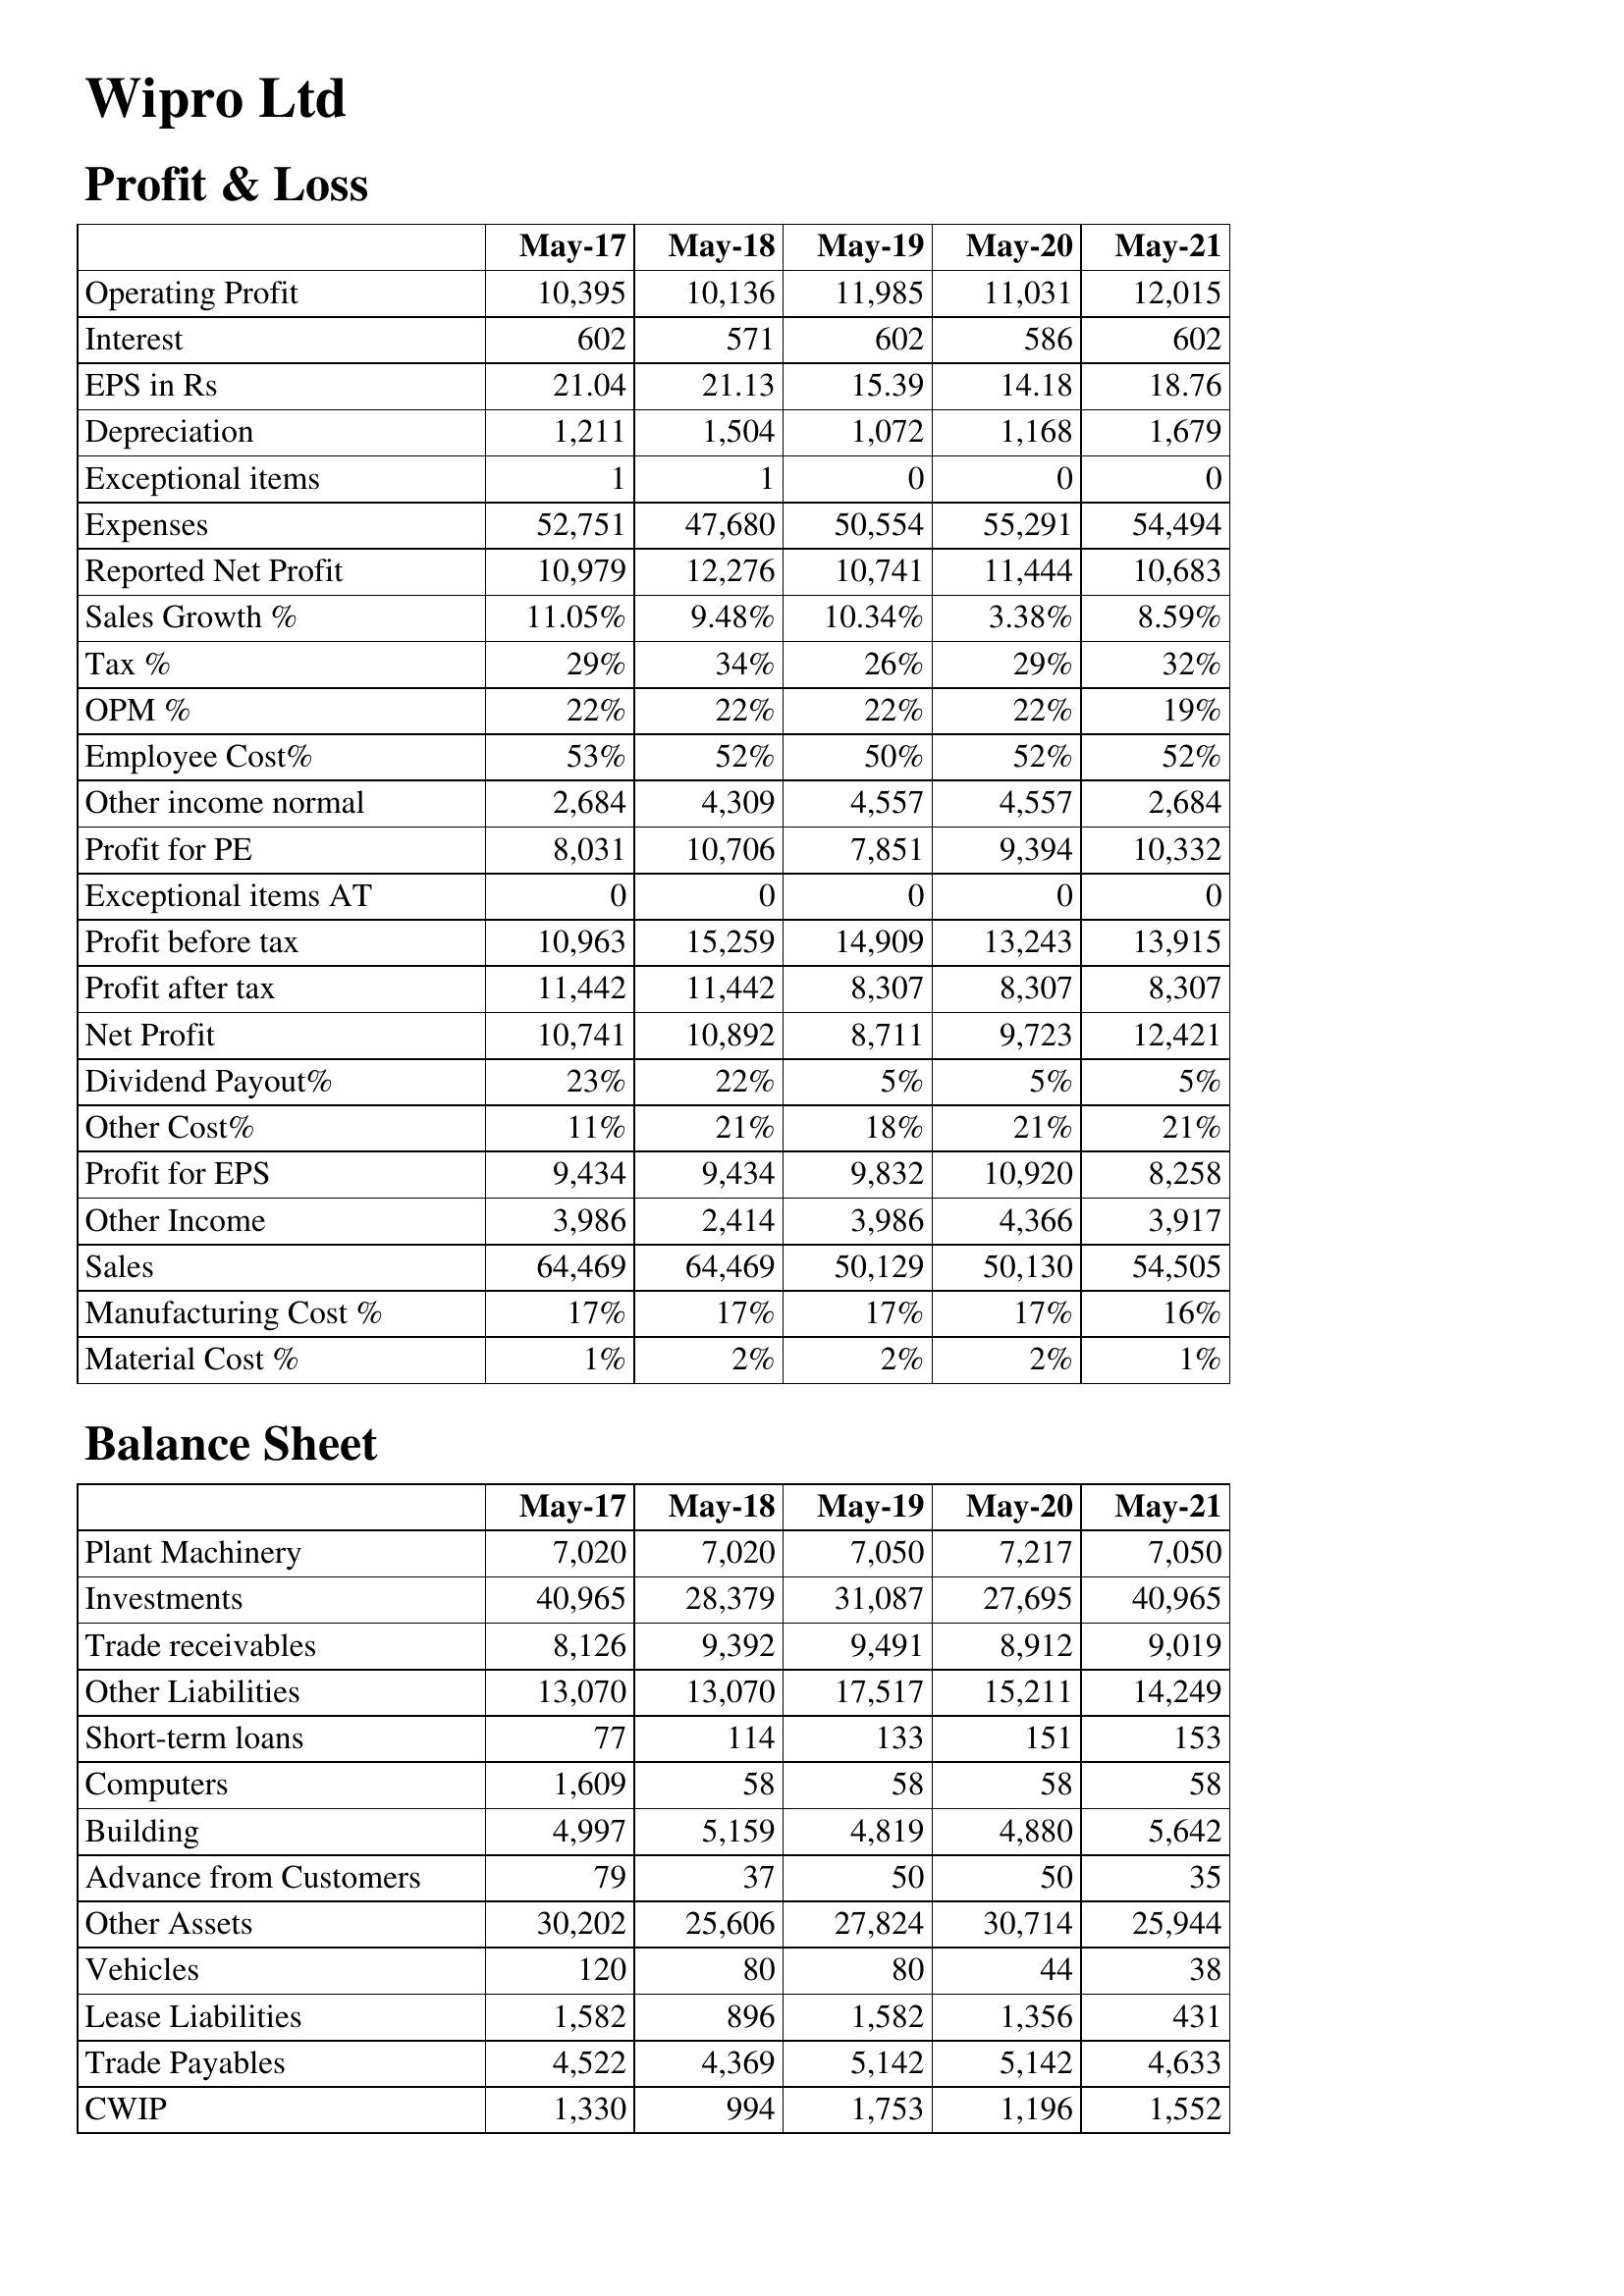
May-17: Profit & Loss: Operating Profit: 10,395
Interest: 602
EPS in Rs: 21.04
Depreciation: 1,211
Exceptional items: 1
Expenses: 52,751
Reported Net Profit: 10,979
Sales Growth %: 11.05%
Tax %: 29%
OPM %: 22%
Employee Cost%: 53%
Other income normal: 2,684
Profit for PE: 8,031
Exceptional items AT: 0
Profit before tax: 10,963
Profit after tax: 11,442
Net Profit: 10,741
Dividend Payout%: 23%
Other Cost%: 11%
Profit for EPS: 9,434
Other Income: 3,986
Sales: 64,469
Manufacturing Cost %: 17%
Material Cost %: 1%
Balance Sheet: Plant Machinery: 7,020
Investments: 40,965
Trade receivables: 8,126
Other Liabilities: 13,070
Short-term loans: 77
Computers: 1,609
Building: 4,997
Advance from Customers: 79
Other Assets: 30,202
Vehicles: 120
Lease Liabilities: 1,582
Trade Payables: 4,522
CWIP: 1,330
May-18: Profit & Loss: Operating Profit: 10,136
Interest: 571
EPS in Rs: 21.13
Depreciation: 1,504
Exceptional items: 1
Expenses: 47,680
Reported Net Profit: 12,276
Sales Growth %: 9.48%
Tax %: 34%
OPM %: 22%
Employee Cost%: 52%
Other income normal: 4,309
Profit for PE: 10,706
Exceptional items AT: 0
Profit before tax: 15,259
Profit after tax: 11,442
Net Profit: 10,892
Dividend Payout%: 22%
Other Cost%: 21%
Profit for EPS: 9,434
Other Income: 2,414
Sales: 64,469
Manufacturing Cost %: 17%
Material Cost %: 2%
Balance Sheet: Plant Machinery: 7,020
Investments: 28,379
Trade receivables: 9,392
Other Liabilities: 13,070
Short-term loans: 114
Computers: 58
Building: 5,159
Advance from Customers: 37
Other Assets: 25,606
Vehicles: 80
Lease Liabilities: 896
Trade Payables: 4,369
CWIP: 994
May-19: Profit & Loss: Operating Profit: 11,985
Interest: 602
EPS in Rs: 15.39
Depreciation: 1,072
Exceptional items: 0
Expenses: 50,554
Reported Net Profit: 10,741
Sales Growth %: 10.34%
Tax %: 26%
OPM %: 22%
Employee Cost%: 50%
Other income normal: 4,557
Profit for PE: 7,851
Exceptional items AT: 0
Profit before tax: 14,909
Profit after tax: 8,307
Net Profit: 8,711
Dividend Payout%: 5%
Other Cost%: 18%
Profit for EPS: 9,832
Other Income: 3,986
Sales: 50,129
Manufacturing Cost %: 17%
Material Cost %: 2%
Balance Sheet: Plant Machinery: 7,050
Investments: 31,087
Trade receivables: 9,491
Other Liabilities: 17,517
Short-term loans: 133
Computers: 58
Building: 4,819
Advance from Customers: 50
Other Assets: 27,824
Vehicles: 80
Lease Liabilities: 1,582
Trade Payables: 5,142
CWIP: 1,753
May-20: Profit & Loss: Operating Profit: 11,031
Interest: 586
EPS in Rs: 14.18
Depreciation: 1,168
Exceptional items: 0
Expenses: 55,291
Reported Net Profit: 11,444
Sales Growth %: 3.38%
Tax %: 29%
OPM %: 22%
Employee Cost%: 52%
Other income normal: 4,557
Profit for PE: 9,394
Exceptional items AT: 0
Profit before tax: 13,243
Profit after tax: 8,307
Net Profit: 9,723
Dividend Payout%: 5%
Other Cost%: 21%
Profit for EPS: 10,920
Other Income: 4,366
Sales: 50,130
Manufacturing Cost %: 17%
Material Cost %: 2%
Balance Sheet: Plant Machinery: 7,217
Investments: 27,695
Trade receivables: 8,912
Other Liabilities: 15,211
Short-term loans: 151
Computers: 58
Building: 4,880
Advance from Customers: 50
Other Assets: 30,714
Vehicles: 44
Lease Liabilities: 1,356
Trade Payables: 5,142
CWIP: 1,196
May-21: Profit & Loss: Operating Profit: 12,015
Interest: 602
EPS in Rs: 18.76
Depreciation: 1,679
Exceptional items: 0
Expenses: 54,494
Reported Net Profit: 10,683
Sales Growth %: 8.59%
Tax %: 32%
OPM %: 19%
Employee Cost%: 52%
Other income normal: 2,684
Profit for PE: 10,332
Exceptional items AT: 0
Profit before tax: 13,915
Profit after tax: 8,307
Net Profit: 12,421
Dividend Payout%: 5%
Other Cost%: 21%
Profit for EPS: 8,258
Other Income: 3,917
Sales: 54,505
Manufacturing Cost %: 16%
Material Cost %: 1%
Balance Sheet: Plant Machinery: 7,050
Investments: 40,965
Trade receivables: 9,019
Other Liabilities: 14,249
Short-term loans: 153
Computers: 58
Building: 5,642
Advance from Customers: 35
Other Assets: 25,944
Vehicles: 38
Lease Liabilities: 431
Trade Payables: 4,633
CWIP: 1,552